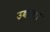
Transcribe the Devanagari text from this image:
उवाला